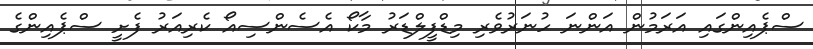
ސްޕެއިންގައި އަރަމުން އަންނަ ހުނަރުވެރި މިޑްފީލްޑަރު މާކޯ އެސެންސިއޯ ކެރިއަރު ފެށީ ސްޕެއިންގެ